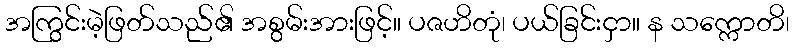
အကြွင်းမဲ့ဖြတ်သည်၏ အစွမ်းအားဖြင့်။ ပဇဟိတုံ၊ ပယ်ခြင်းငှာ။ န သက္ကောတိ၊